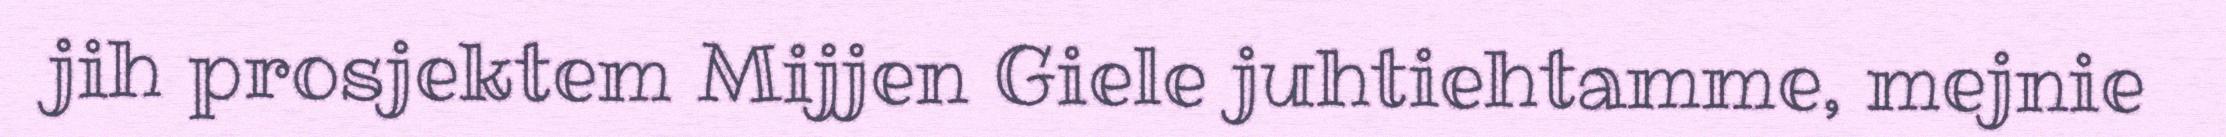
jih prosjektem Mijjen Giele juhtiehtamme, mejnie